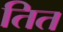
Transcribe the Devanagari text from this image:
तित